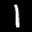
Label: 1